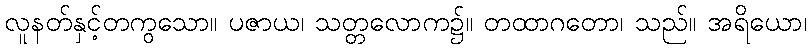
လူနတ်နှင့်တကွသော။ ပဇာယ၊ သတ္တလောက၌။ တထာဂတော၊ သည်။ အရိယော၊